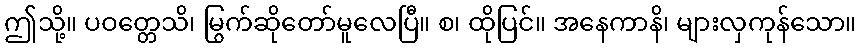
ဤသို့။ ပဝတ္တေသိ၊ မြွက်ဆိုတော်မူလေပြီ။ စ၊ ထိုပြင်။ အနေကာနိ၊ များလှကုန်သော။